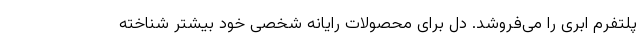
پلتفرم ابری را می‌فروشد. دل برای محصولات رایانه شخصی خود بیشتر شناخته